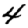
Digit: 4